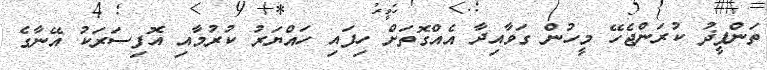
ތަންފީޛު ކުރަންޖެހޭ މީހުން ގަވާއިދާ އެއްގޮތަށް ހިފައި ހައްޔަރު ކުރުމާއި އޮފިސަރަކު އޭނާގެ